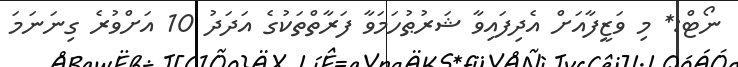
ނޯޓް:* މި ވަޒީފާއަށް އެދިފައިވާ ޝަރުޠުހަމަވާ ފަރާތްތަކުގެ އަދަދު 10 އަށްވުރެ ގިނަނަމަ